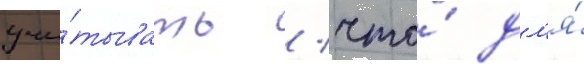
учи́тывать / что́ дл'я́